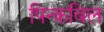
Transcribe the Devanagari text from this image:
पिन्कविल